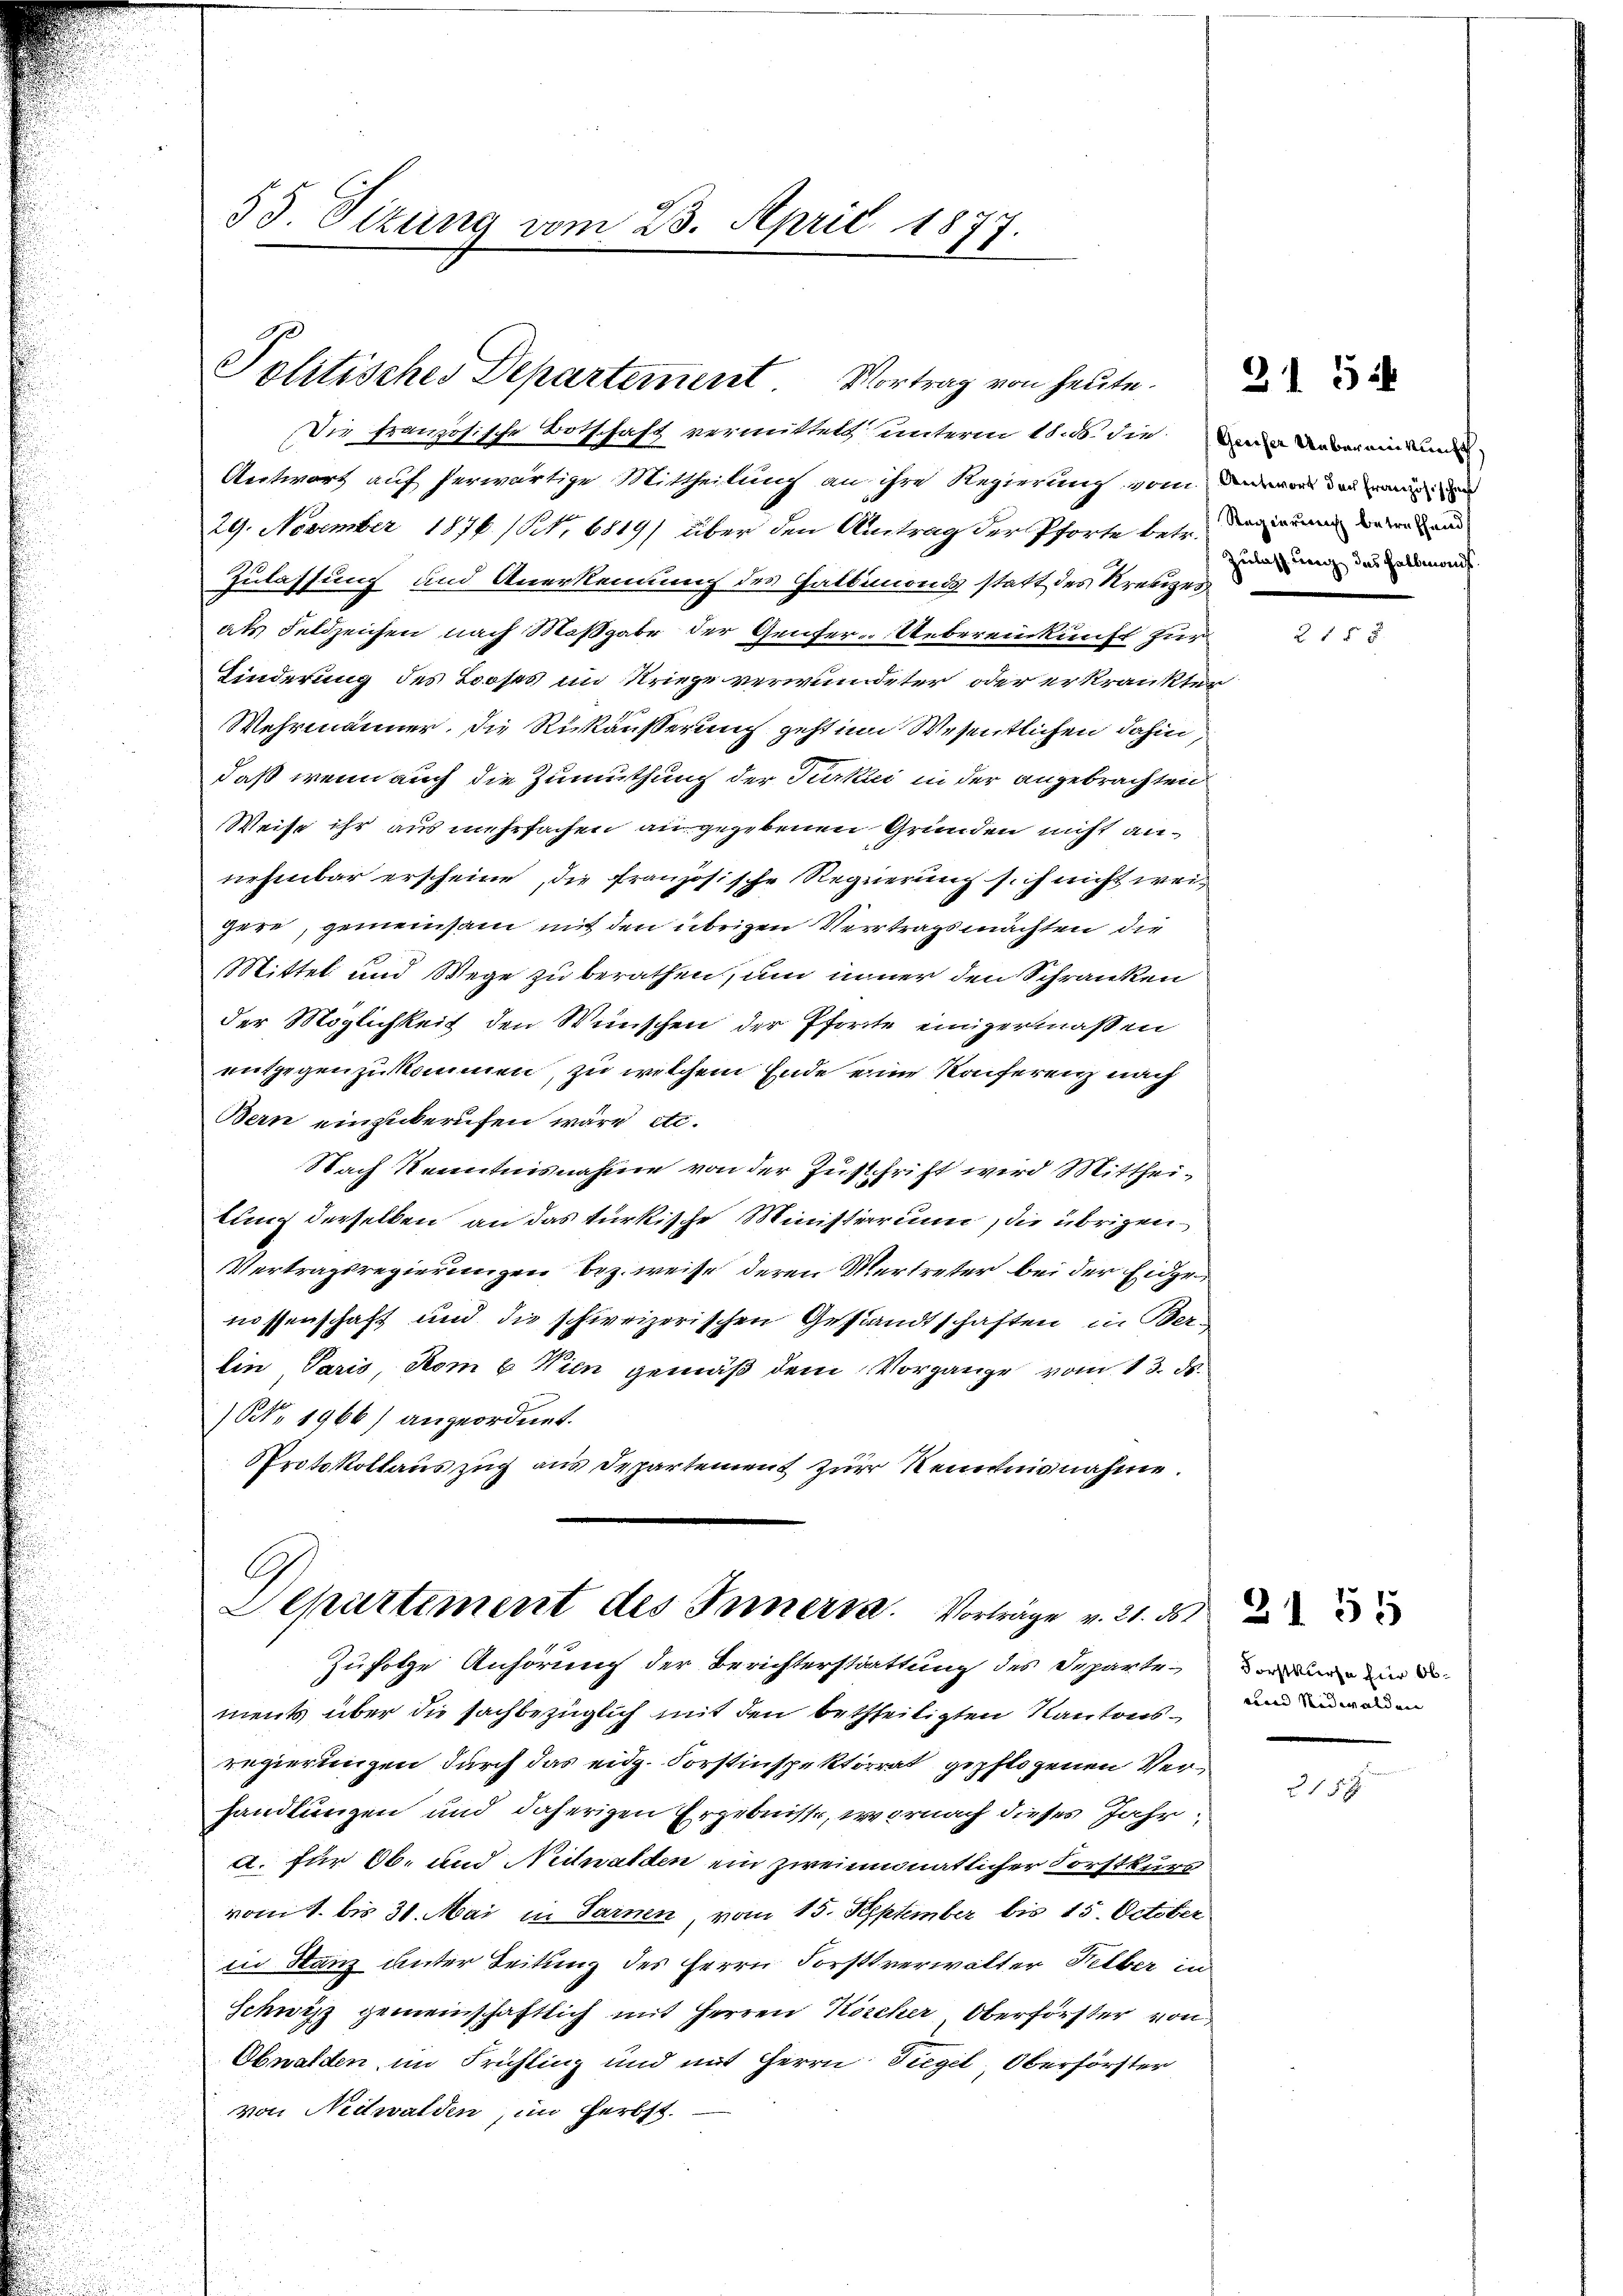
33. Sizung vom 23. April 1877.

Politisches Departement. Vortrag von heute.

Antwort auf herwärtige Mittheilung an ihre Regierung vom in der aus un
29. November 1876 (Nr. 6819) über den Antrag der Pforte betr. dann um damit und
Zulassung und Anerkennung des Gatbemonds statt des Kreuzes,
als Feldzeichen nach Maßgabe der Genfer-Uebereinkunft zur
Kinderung des Booses im Kriege verwundeter oder erkrankter
Wehrmänner, die Rikäusserung geht im Wesentlichen dahin,
daß wenn auch die Zumuthung der Turkii in der angebrachten
Weise ihr aus mehrfachen an gegebenen Gründen nicht annehmbar erscheine, die französische Regierung sich nicht weigere, gemeinsam mit den übrigen Vertragsmachten die
Mittel und Wege zu berathen, um inner den Schranken
der Möglichkeit den Wünschen der Pforte einigermaßen
entgegen zukommen, zu welchem Ende eine Konferenz nach
Bern einzuberufen wäre etc.
Nach Kenntnisnahme von der Zuschrift wird Mittheilung derselben an das türkische Ministerium, die übrigen
Vertragsregierungen bez. weise deren Vertreter bei der Eidgenissenschaft und die schweizerischen Gesandtschaften in Ber-
Ein Paris, Rom 6. Wien gemäß dem Vorgange vom 13. ds.
NNo. 1966) angeordnet.
PProtokollauszug aus Departement zur Kenntnisnahme.

G
Separtement des Inner a. Vorträge v. 21. d
Zufolge Anhörung der Berichterstattung des Departer und ein d

Die französische Botschaft vermittels unterm 11. d. die der Urvereinkun

Zulassung des Halbmonis

ments über die sachbezüglich mit den betheiligten Kantonsregierungen durch das eidg. Forstinspektorrat gepflogenen Verhandlungen und daherigen Ergebnisse, wornach dieses Jahr
A. für Ob. und Nidwalden ein zweimonatlicher Forstkurs
vom 1. bis 31. Mai in Sarnen, vom 15. September bis 15. October
in Hanz unter Leitung des Herrn Forstverwalter Felber im
Schwitz gemeinschaftlich mit Herren Köscher, Oberförster von
Obwalden im Frühling und mit Herrn Siegel, Oberförster
von Nidwalden, im Herbst.

21 52

tnn Nidwalden

215 x